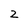
Character: 2